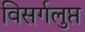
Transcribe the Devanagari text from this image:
विसर्गलुप्त